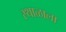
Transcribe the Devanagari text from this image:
स्थाळाला